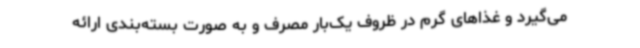
می‌گیرد و غذاهای گرم در ظروف یک‌بار مصرف و به صورت بسته‌بندی ارائه